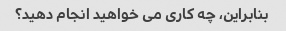
بنابراین، چه کاری می خواهید انجام دهید؟